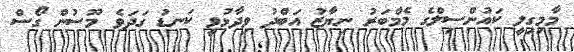
މާމިގިލީ ކައުންސިލްގެ މެމްބަރު ނިޔާޒު އަބްދު ވިދާޅުވީ ކަނޑު ގަދަވެ މޫސުން ގޯސް